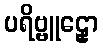
ပရိဗ္ဗူဠှော